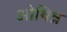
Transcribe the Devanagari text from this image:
ओथिन्न